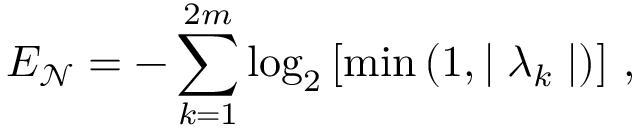
E _ { \mathcal { N } } = - \sum _ { k = 1 } ^ { 2 m } \log _ { 2 } \left[ \operatorname* { m i n } \left( 1 , \mid \lambda _ { k } \mid \right) \right] \, ,